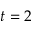
t = 2